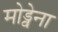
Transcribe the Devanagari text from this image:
मोड्वेना